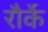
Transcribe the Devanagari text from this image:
रौर्के